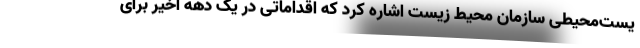
یست‌محیطی سازمان محیط زیست اشاره کرد که اقداماتی در یک دهه اخیر برای